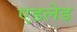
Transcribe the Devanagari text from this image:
एडलेड